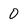
Character: 0